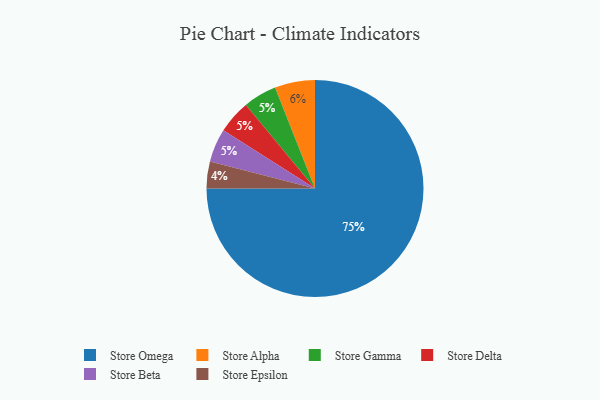
{"axis": {"x": "Category", "y": "Percentage"}, "legend": ["Store Alpha", "Store Beta", "Store Delta", "Store Epsilon", "Store Gamma", "Store Omega"], "data": [{"x": "Store Gamma", "y": 5, "type": "Store Gamma"}, {"x": "Store Omega", "y": 75, "type": "Store Omega"}, {"x": "Store Alpha", "y": 6, "type": "Store Alpha"}, {"x": "Store Epsilon", "y": 4, "type": "Store Epsilon"}, {"x": "Store Delta", "y": 5, "type": "Store Delta"}, {"x": "Store Beta", "y": 5, "type": "Store Beta"}]}